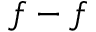
f - f